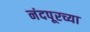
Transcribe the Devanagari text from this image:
नंदपूरच्या